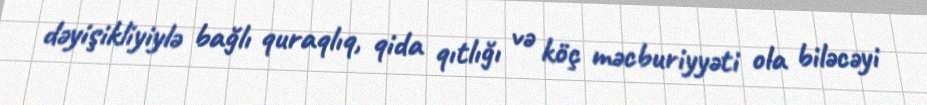
dəyişikliyiylə bağlı quraqlıq, qida qıtlığı və köç məcburiyyəti ola biləcəyi